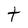
Character: t